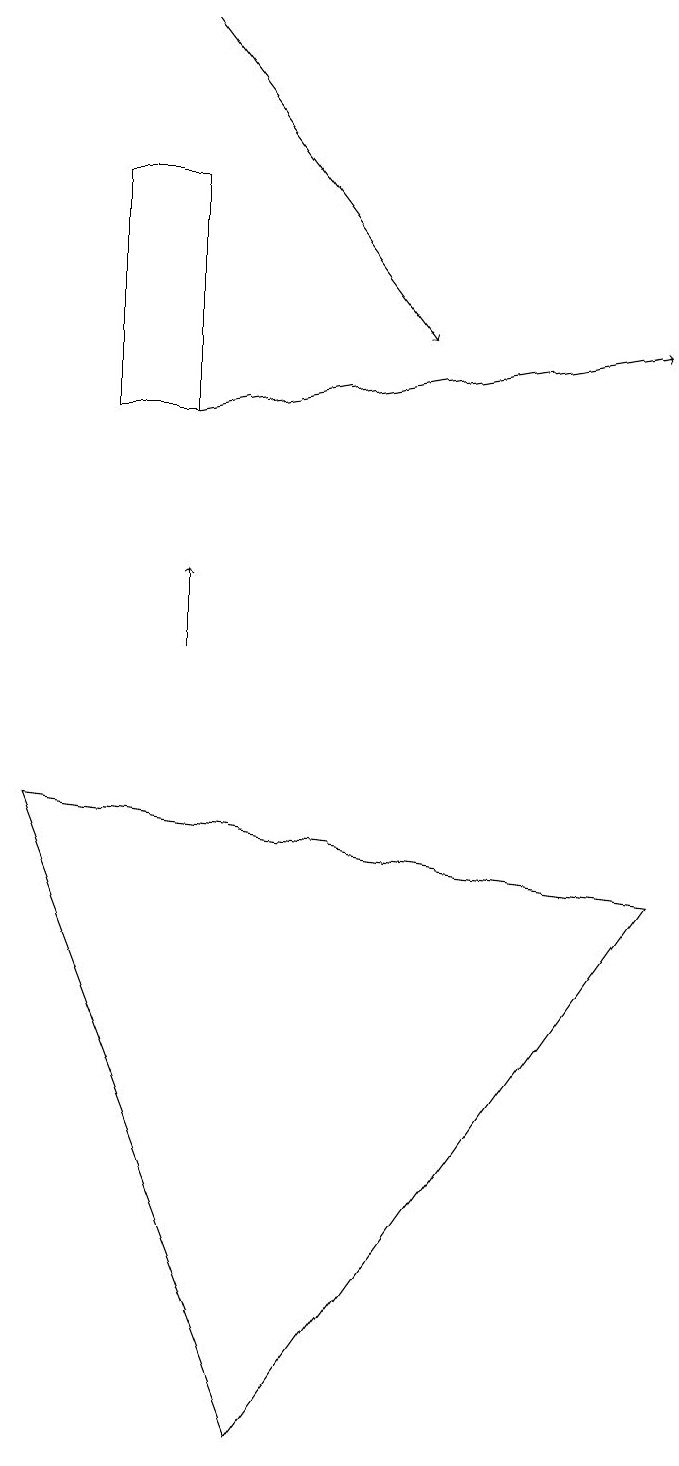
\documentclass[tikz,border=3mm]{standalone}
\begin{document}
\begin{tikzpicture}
\draw[->] (3,13) -- (9,14);
\draw (9,7) -- (4,0) -- (1,8) -- cycle;
\draw (3,16) rectangle (2,13);
\draw[->] (3,18) -- (6,14);
\draw[->] (3,10) -- (3,11);
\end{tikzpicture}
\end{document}